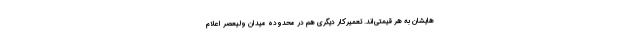
هایشان به هر قیمتی‌اند. تعمیرکار دیگری هم در محدوده میدان ولیعصر اعلام